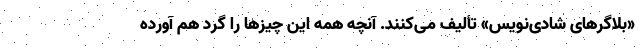
«بلاگرهای شادی‌نویس» تألیف می‌کنند. آنچه همه این چیزها را گرد هم آورده